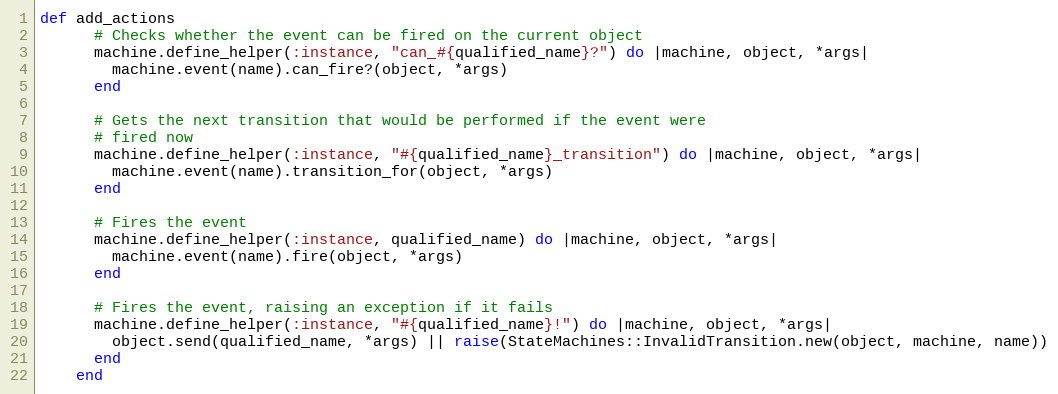
Language: Ruby
def add_actions
      # Checks whether the event can be fired on the current object
      machine.define_helper(:instance, "can_#{qualified_name}?") do |machine, object, *args|
        machine.event(name).can_fire?(object, *args)
      end

      # Gets the next transition that would be performed if the event were
      # fired now
      machine.define_helper(:instance, "#{qualified_name}_transition") do |machine, object, *args|
        machine.event(name).transition_for(object, *args)
      end

      # Fires the event
      machine.define_helper(:instance, qualified_name) do |machine, object, *args|
        machine.event(name).fire(object, *args)
      end

      # Fires the event, raising an exception if it fails
      machine.define_helper(:instance, "#{qualified_name}!") do |machine, object, *args|
        object.send(qualified_name, *args) || raise(StateMachines::InvalidTransition.new(object, machine, name))
      end
    end